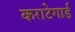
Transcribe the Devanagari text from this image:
कराटेगार्ड